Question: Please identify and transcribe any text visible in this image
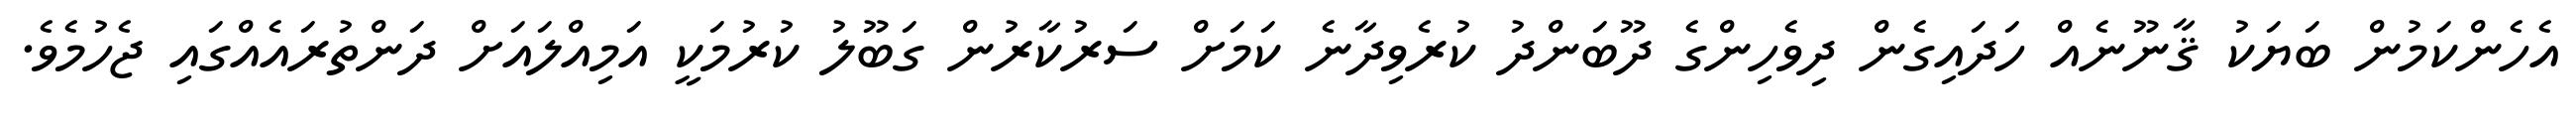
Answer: އެހެންކަމުން ބަޔަކު ޤާނޫނެއް ހަދައިގެން ދިވެހިންގެ ދޫބަންދު ކުރެވިދާނެ ކަމަށް ސަރުކާރުން ގަބޫލު ކުރުމަކީ އަމިއްލައަށް ދަންތުރައެއްގައި ޖެހުމެވެ.